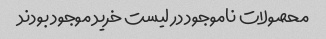
محصولات ناموجود در لیست خرید موجود بودند